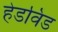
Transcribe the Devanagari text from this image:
हेडविंड